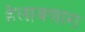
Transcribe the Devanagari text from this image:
हेलावणारा